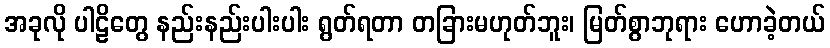
အခုလို ပါဠိတွေ နည်းနည်းပါးပါး ရွတ်ရတာ တခြားမဟုတ်ဘူး၊ မြတ်စွာဘုရား ဟောခဲ့တယ်